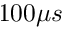
1 0 0 \mu s